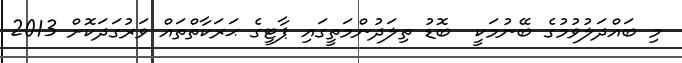
މި ބައްދަލުވުމުގެ ބޭނުމަކީ  ބޮޑު ތިލަދުންމަތީގައި ޕާޓީގެ ޙަރަކާތްތައް ވަރުގަދަކޮށް 2013